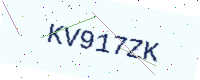
Text: KV917ZK